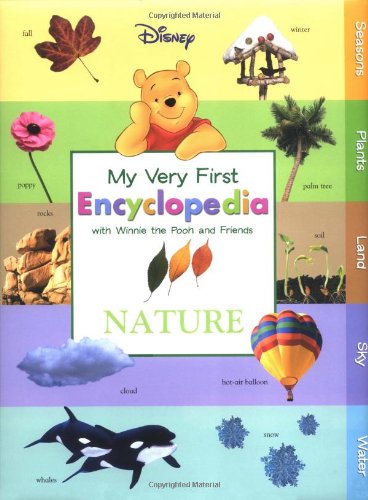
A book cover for My Very First Encylopedia with Winnie the Pooh and Friends: Nature; Disney Book Group; Reference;